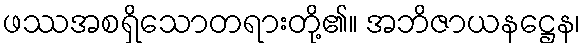
ဖဿအစရှိသောတရားတို့၏။ အဘိဇာယနဋ္ဌေန၊